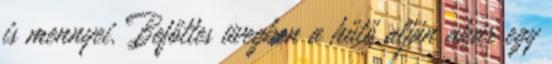
is mennyei. Befőttes üvegben a hűtő alján akár egy